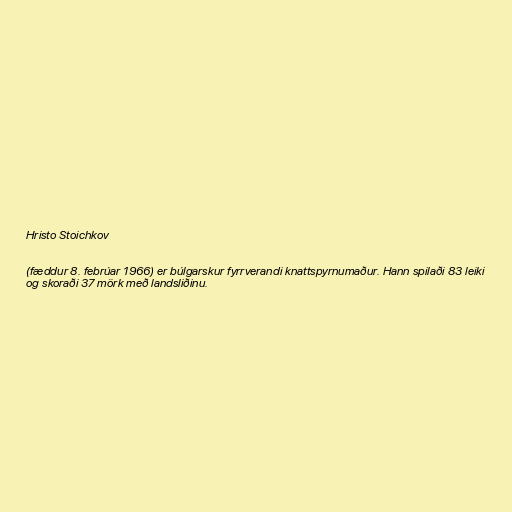
Hristo Stoichkov

(fæddur 8. febrúar 1966) er búlgarskur fyrrverandi knattspyrnumaður. Hann spilaði 83 leiki
og skoraði 37 mörk með landsliðinu.